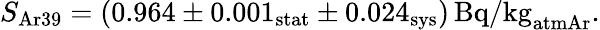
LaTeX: S_{\mathrm{Ar39}}=(0.964\pm 0.001_{\mathrm{stat}}\pm 0.024_{\mathrm{sys}})\, \textrm{Bq/kg}_{\mathrm{atmAr}}.